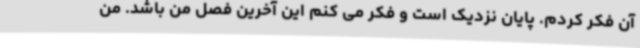
آن فکر کردم. پایان نزدیک است و فکر می کنم این آخرین فصل من باشد. من